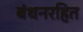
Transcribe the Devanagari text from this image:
बंधनरहित